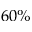
6 0 \%